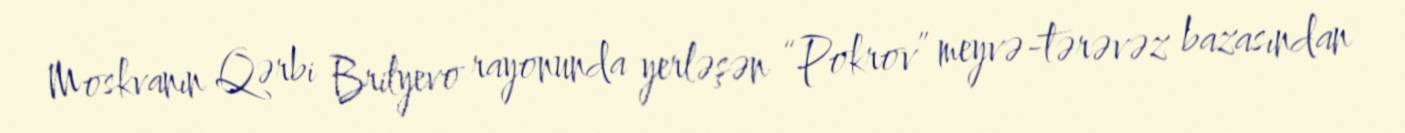
Moskvanın Qərbi Brilyevo rayonunda yerləşən “Pokrov” meyvə-tərəvəz bazasından